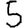
Digit: 5